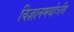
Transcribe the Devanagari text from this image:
विज्ञानमयोऽसि